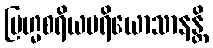
ဗြဟ္မစရိယပရိယောသာနန္တိ